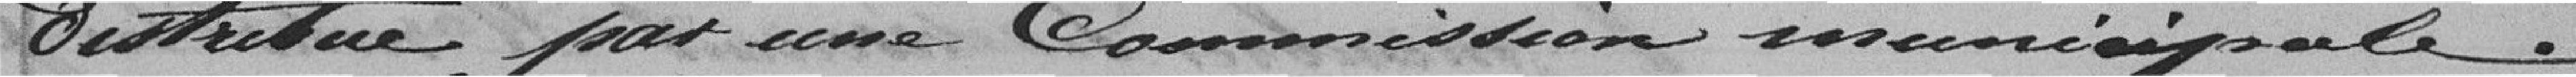
é par une Commission resunicipale.